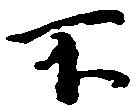
不